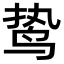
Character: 鸷